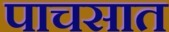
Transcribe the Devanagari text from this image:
पाचसात